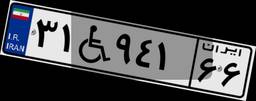
۳۱W۹۴۱۶۶